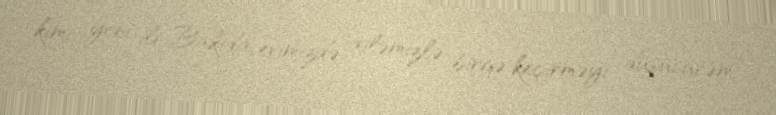
kimi yeni ili Bakıda, evimizdə, ailəmizlə birgə keçirməyi düşünürəm”.